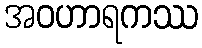
အဝဟာရကဿ